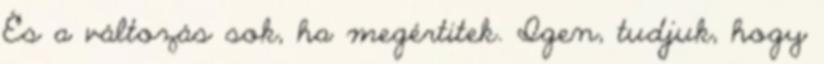
És a változás sok, ha megértitek. Igen, tudjuk, hogy